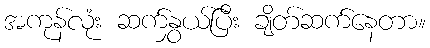
အကုန်လုံး ဆက်နွှယ်ပြီး ချိတ်ဆက်နေတာ။